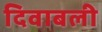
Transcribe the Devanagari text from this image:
दिवाबली